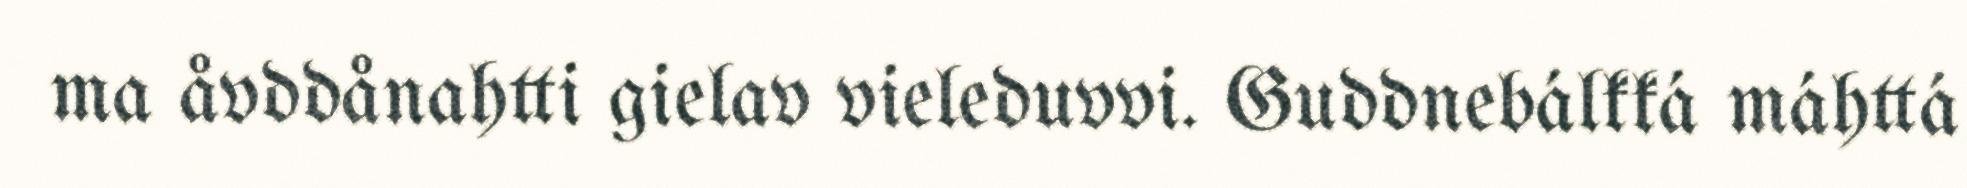
ma åvddånahtti gielav vieleduvvi. Guddnebálkká máhttá